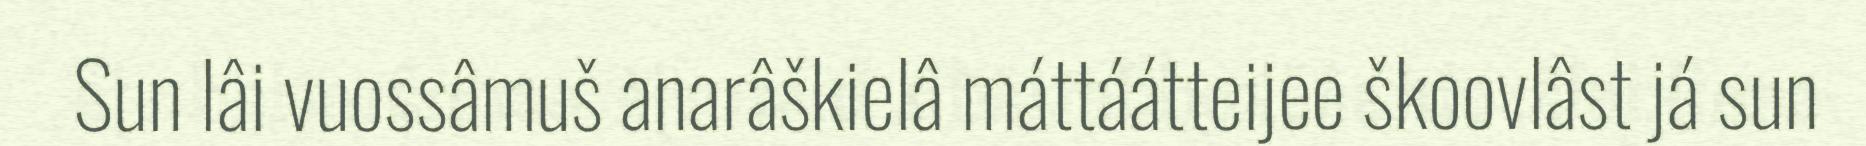
Sun lâi vuossâmuš anarâškielâ máttáátteijee škoovlâst já sun